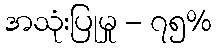
အသုံးပြုမှု - ၇၅%